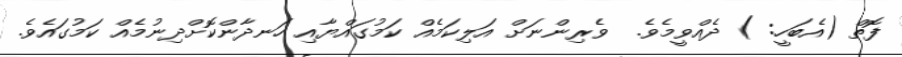
ފޮތް (އެބަހީ: ) ދެއްވީމެވެ.  ވެރިންނަށް އަލިކަމެއް ކަމުގައްޔާއި ހަނދާންކޮށްދިނުމެއް ކަމުގައެވެ.